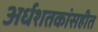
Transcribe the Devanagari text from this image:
अर्धशतकांसहीत